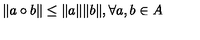
\Vert a \circ b \Vert \leq \Vert a \Vert \Vert b \Vert , \forall a , b \in A